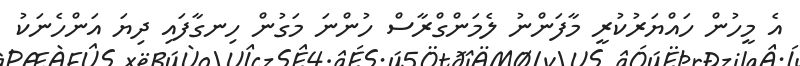
އެ މީހުން ހައްޔަރުކުރީ މާފަންނު ލެމަންގްރާސް ހުންނަ މަގުން ހިނގާފައި ދިޔަ އަންހެނަކު